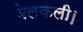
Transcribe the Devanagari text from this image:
बेलकली।